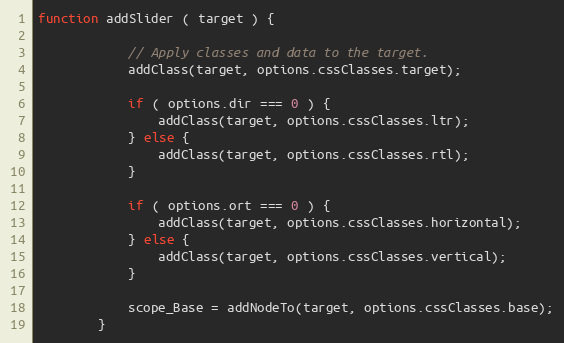
Language: JavaScript
function addSlider ( target ) {

            // Apply classes and data to the target.
            addClass(target, options.cssClasses.target);

            if ( options.dir === 0 ) {
                addClass(target, options.cssClasses.ltr);
            } else {
                addClass(target, options.cssClasses.rtl);
            }

            if ( options.ort === 0 ) {
                addClass(target, options.cssClasses.horizontal);
            } else {
                addClass(target, options.cssClasses.vertical);
            }

            scope_Base = addNodeTo(target, options.cssClasses.base);
        }